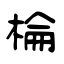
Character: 棆